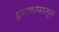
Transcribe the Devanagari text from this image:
इराकपासून